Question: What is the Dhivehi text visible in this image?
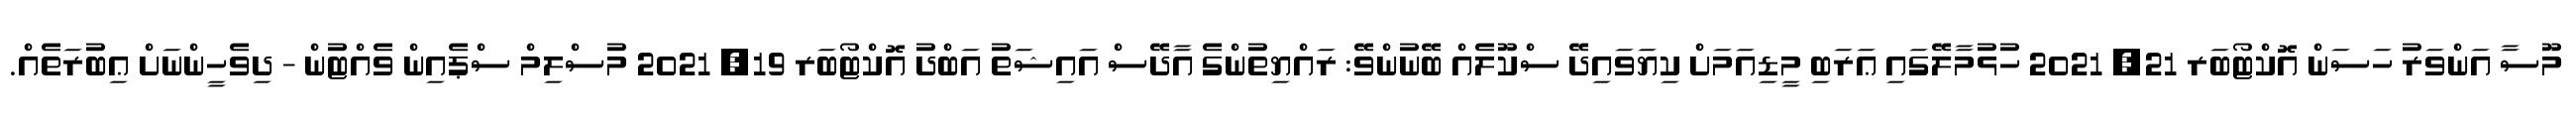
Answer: މޫސާ އަންވަރު ހަސަން އޮކްޓޯބަރ 21, 2021 ހުޅުމާލޭގައި ޢަރަބި މީޑިއަމަށް ކިޔަވައިދޭ ސްކޫލެއް ބޭނުންވޭ: ރައްޔިތުންގެ އާދޭސް އައިޝަތު އަބްދު އޮކްޓޯބަރ 19, 2021 މުސްލިމް ސްޕެއިން ވެއްޓުން - ދިވެހީންނަށް ޢިބުރަތެއް.